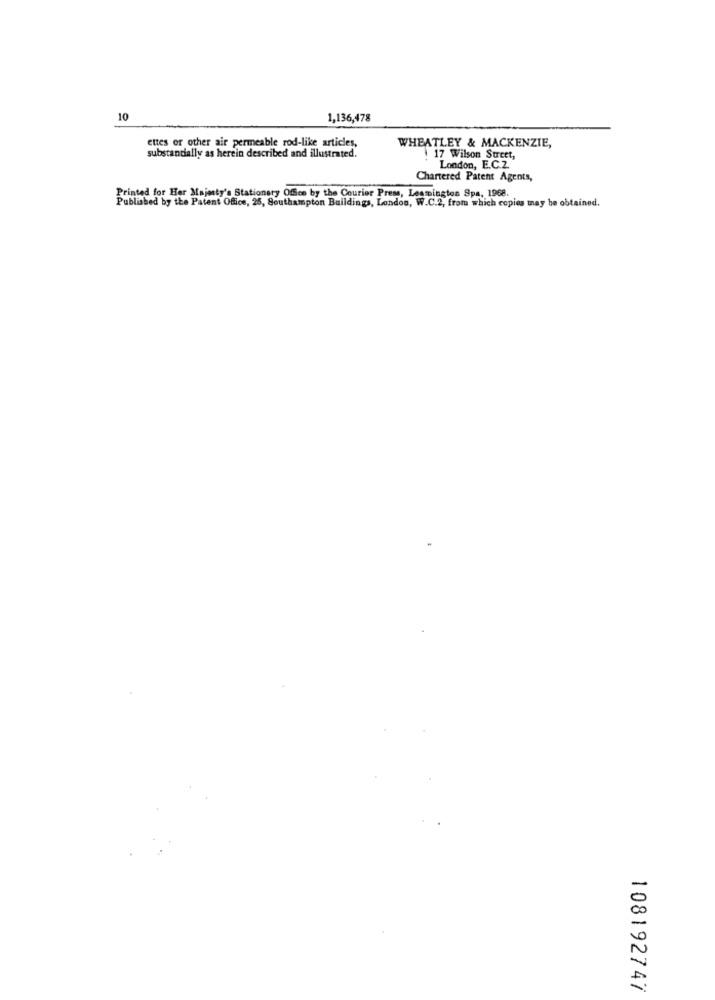
10
1,136,478
ettes or other air permeable rod-like articles,
WHEATLEY & MACKENZIE,
substantially as herein described and illustrated.
17 Wilson Street,
London, E.C.Z.
Chartered Patent Agents,
Published by the Patent Office, 25, Southampton Buildings, London, W.C.2, from which copies may be obtained.
Printed for Her Majesty's Stationary Offce by the Courier Press, Leamington Spa, 1968.
108192747